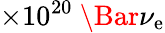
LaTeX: \times10^{20}~\Bar{\nu}_{\mathrm{e}}